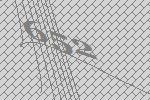
652